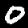
Digit: 0